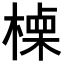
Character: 𣙏